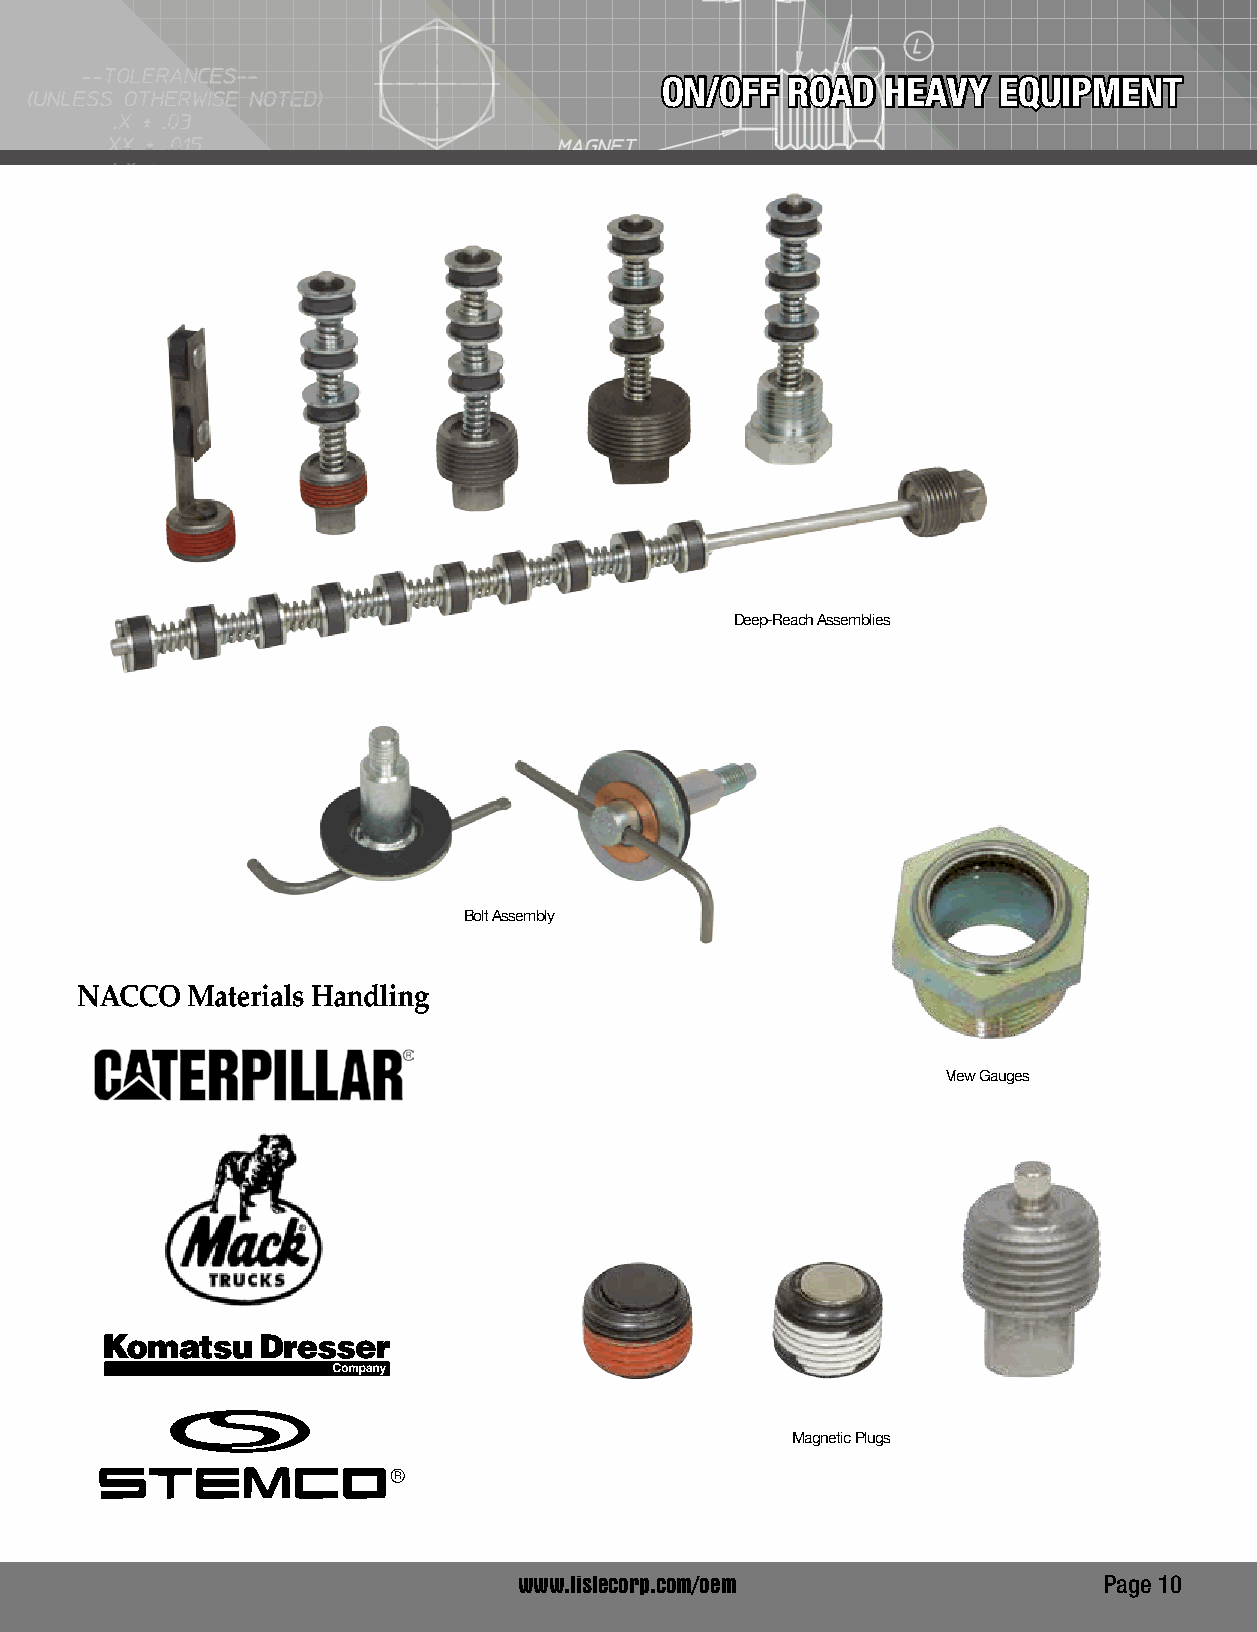
ON/OFF  ROAD   HEAVY  EQUIPMENT
 O.E.M.
 DIVISION
 Deep-Reach Assemblies
 Bolt Assembly
 View Gauges
 Magnetic Plugs
 www.lislecorp.com/oem                  Page 10